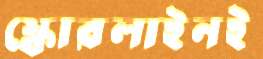
স্কোরলাইনই